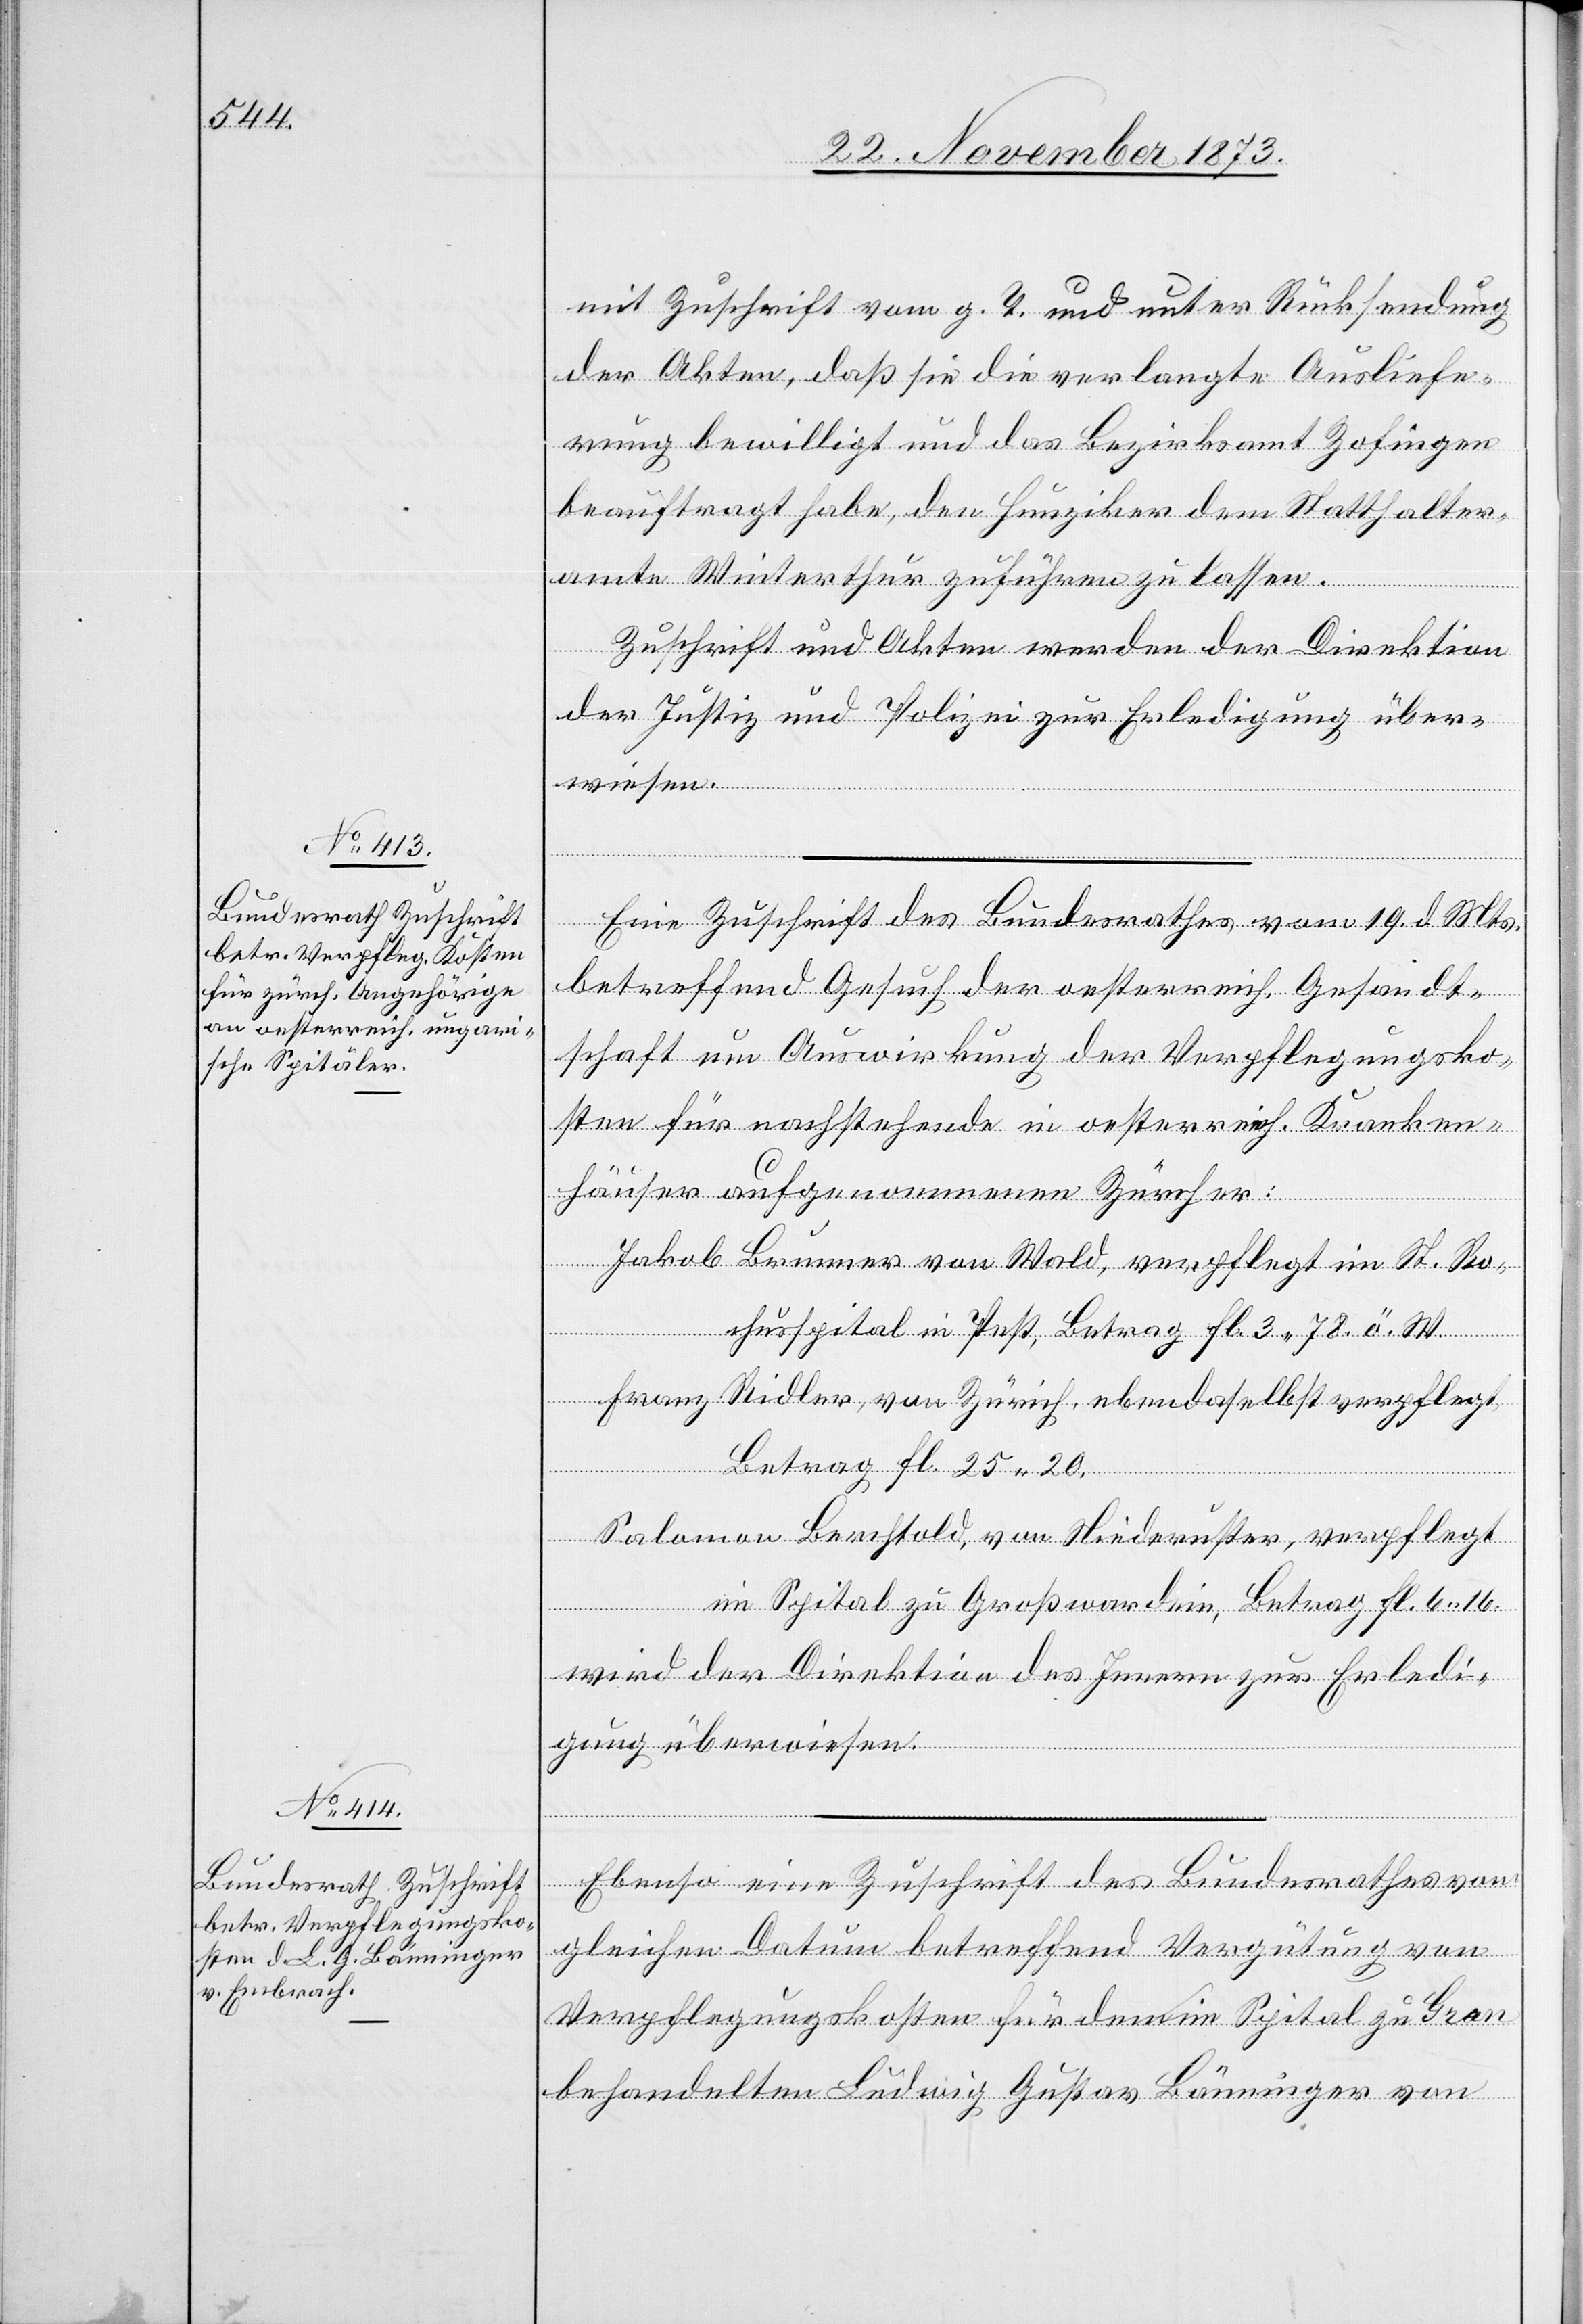
22. November 1873.]
mit Zuschrift vom g. T. und unter Rücksendung
der Akten, daß sie die verlangte Ausliefe¬
rung bewilligt und das Bezirksamt Zofingen
beauftragt habe, den Hunziker dem Statthalter¬
amte Winterthur zuführen zu lassen.
Zuschrift und Akten werden der Direktion
der Justiz und Polizei zur Erledigung über¬
wiesen.
[Präsidial-Verfügungen
Eine Zuschrift des Bundesrathes vom 19. d. Mts.
betreffend Gesuch der oesterreich. Gesandt¬
schaft um Auswirkung der Verpflegungsko¬
sten für nachstehende in oesterreich. Kranken¬
häuser aufgenommenen Zürcher:
Jakob Brunner von Wald, verpflegt im St. Ro¬
chusspital in Pest, Betrag fl. 3 78. ö. W.
Franz Ridler, von Zürich, ebendaselbst verpflegt,
Betrag fl. 25 20.
zung
Salomon Berchtold, von Niederuster, verpflegt
im Spital zu Großwardein, Betrag fl. 6 16.
wird der Direktion des Innern zur Erledi¬
gung überwiesen.
[Fortset¬
Ebenso eine Zuschrift des Bundesrathes vom
gleichen Datum betreffend Vergütung von
Verpflegungskosten für den im Spital zu Gran
behandelten Ludwig Gustav Bänninger von